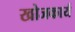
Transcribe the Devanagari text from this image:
खोजकार्य